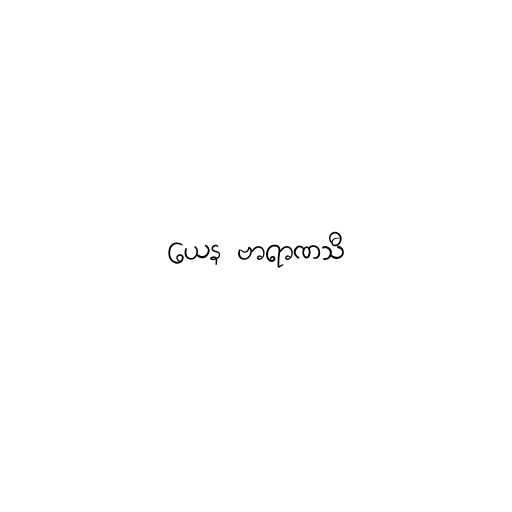
ယေန ဗာရာဏသီ